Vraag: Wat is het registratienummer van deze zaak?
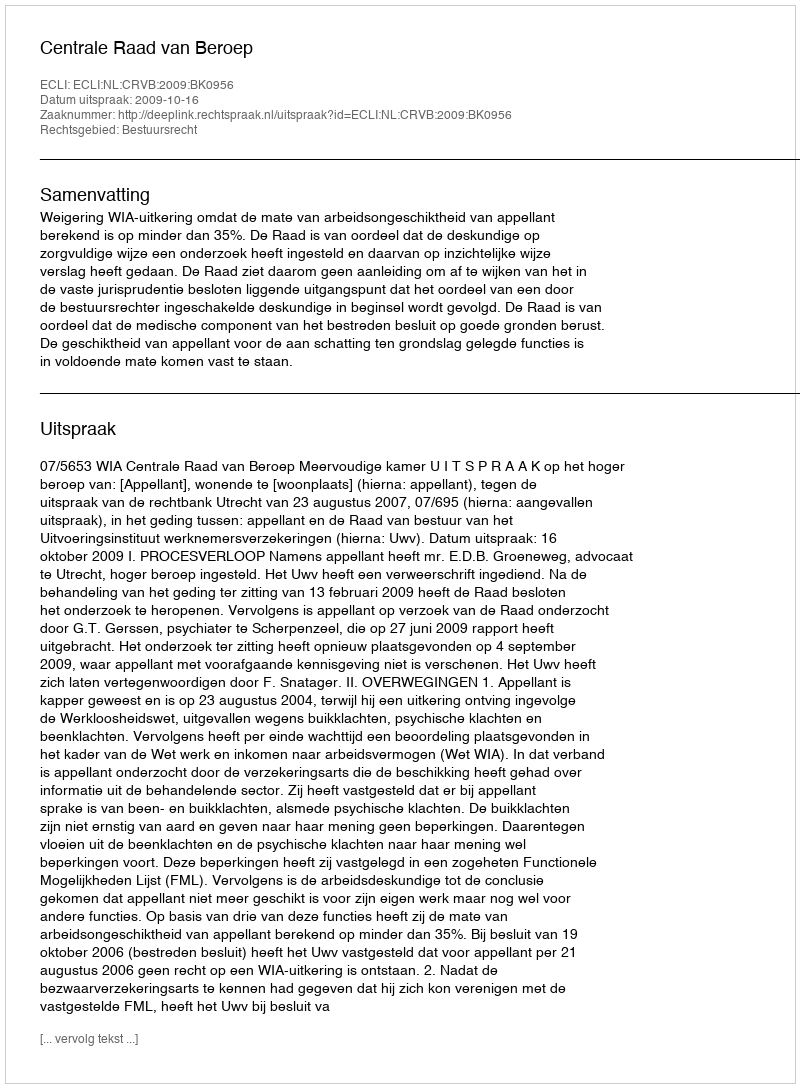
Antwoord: http://deeplink.rechtspraak.nl/uitspraak?id=ECLI:NL:CRVB:2009:BK0956